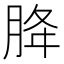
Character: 胮